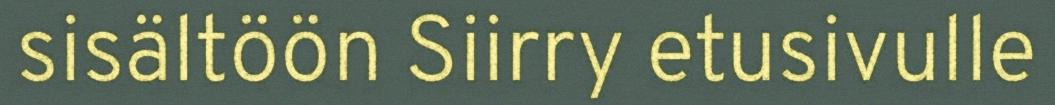
sisältöön Siirry etusivulle